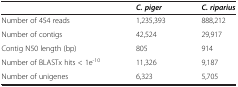
<table><thead><tr><td><b> </b></td><td><b><i>C. piger</i></b></td><td><b><i>C. riparius</i></b></td></tr></thead><tbody><tr><td>Number of 454 reads</td><td>1,235,393</td><td>888,212</td></tr><tr><td>Number of contigs</td><td>42,524</td><td>29,917</td></tr><tr><td>Contig N50 length (bp)</td><td>805</td><td>914</td></tr><tr><td>Number of BLASTx hits &lt; 1e<sup>-10</sup></td><td>11,326</td><td>9,187</td></tr><tr><td>Number of unigenes</td><td>6,323</td><td>5,705</td></tr></tbody></table>